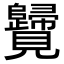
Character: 𧢦